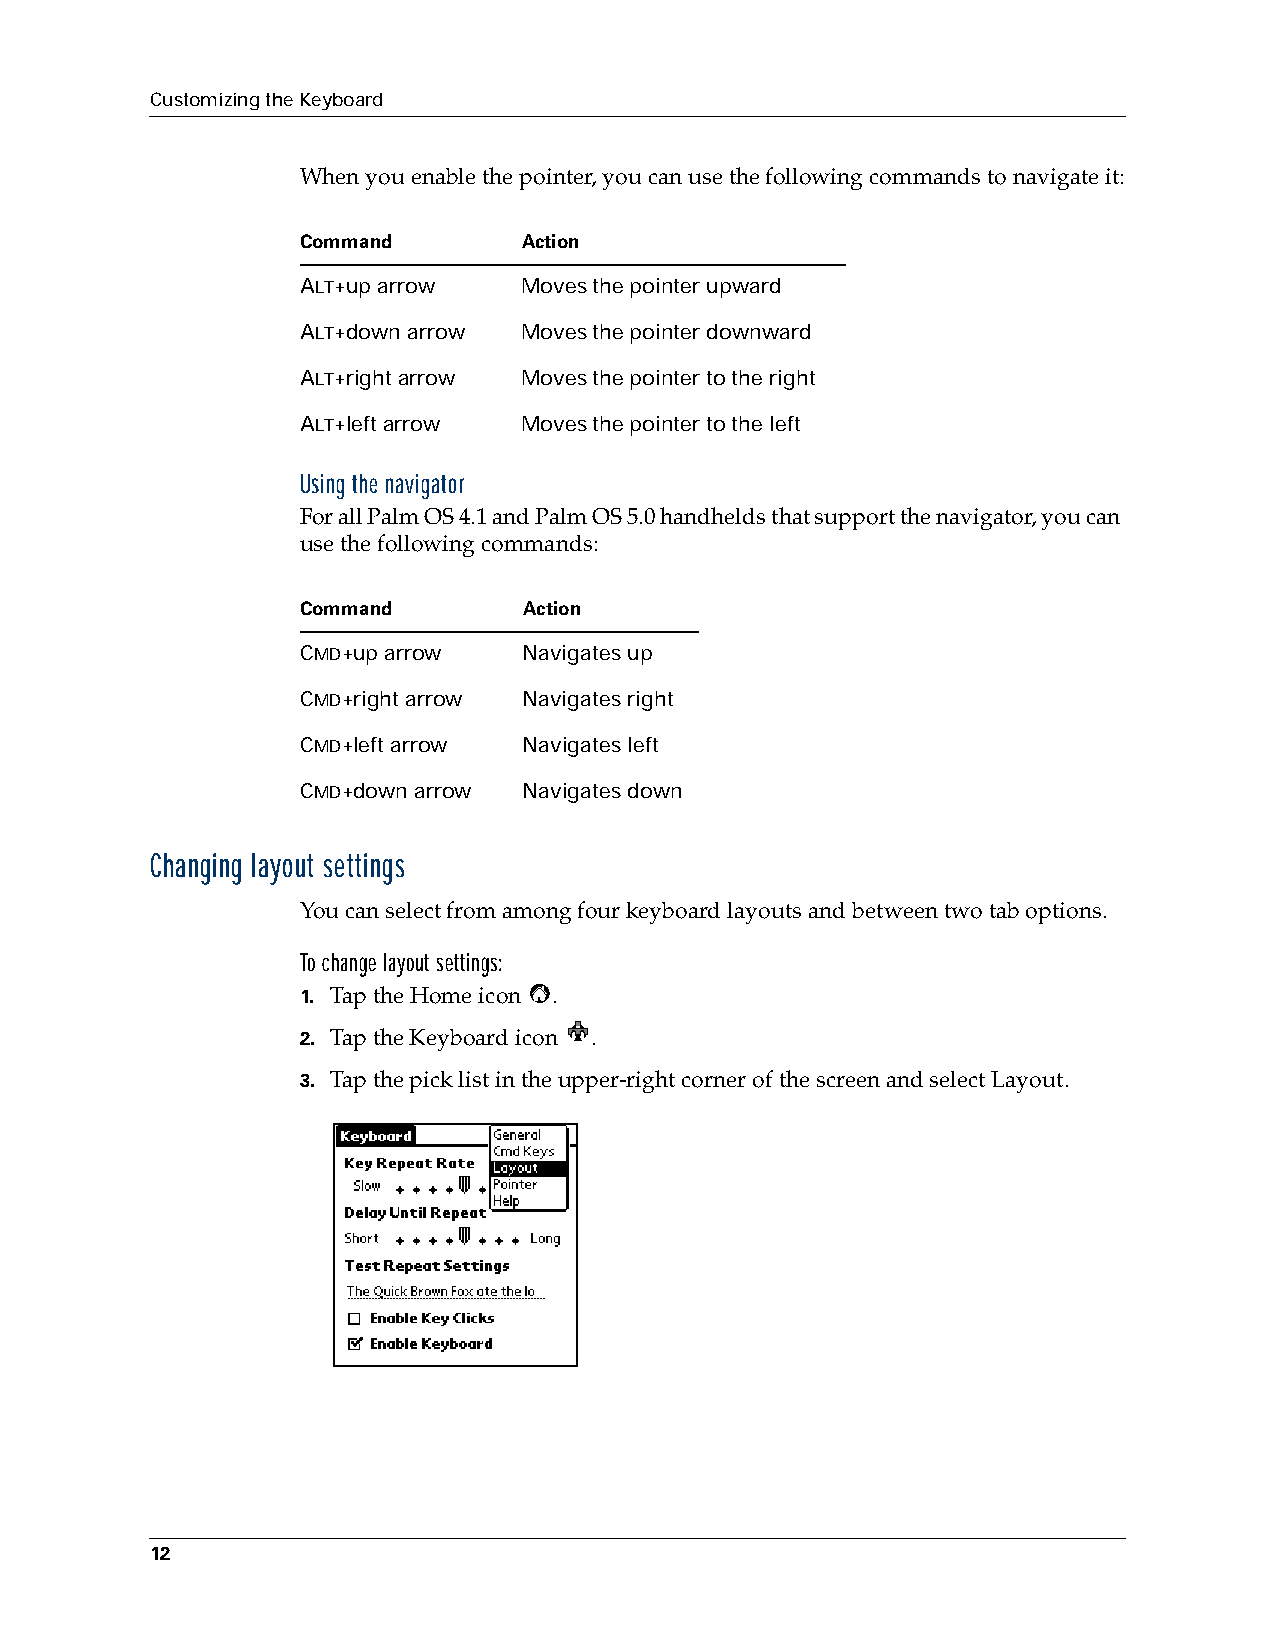
Customizing the Keyboard
 When you enable the pointer, you can use the following commands to navigate it:
 Command        Action
 ALT+up arrow   Moves the pointer upward
 ALT+down arrow Moves the pointer downward
 ALT+right arrow Moves the pointer to the right
 ALT+left arrow Moves the pointer to the left
 Using the navigator
 For all Palm OS 4.1 and Palm OS 5.0 handhelds that support the navigator, you can
 use the following commands:
 Command        Action
 CMD+up arrow   Navigates up
 CMD+right arrow Navigates right
 CMD+left arrow Navigates left
 CMD+down arrow Navigates down
 Changing layout settings
 You can select from among four keyboard layouts and between two tab options.
 To change layout settings:
 1. Tap the Home icon .
 2. Tap the Keyboard icon .
 3. Tap the pick list in the upper-right corner of the screen and select Layout.
 12